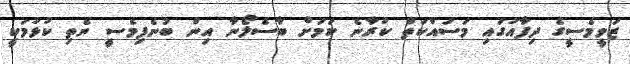
ޒަވީމެސީގެ ދިފާއުގައި މަސައްކަތް ކުރާނެ ކަމަށް ބާސެލޯނާ އިން ބުނެފިމެސީ ނެތި ކުޅުމަކީ